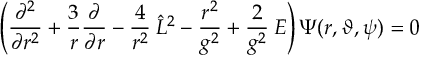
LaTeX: \left( \frac { \partial ^ { 2 } } { \partial r ^ { 2 } } + \frac { 3 } { r } \frac { \partial } { \partial r } - \frac { 4 } { r ^ { 2 } } \: \hat { L } ^ { 2 } - \frac { r ^ { 2 } } { g ^ { 2 } } + \frac { 2 } { g ^ { 2 } } \: E \right) \Psi ( r , \vartheta , \psi ) = 0